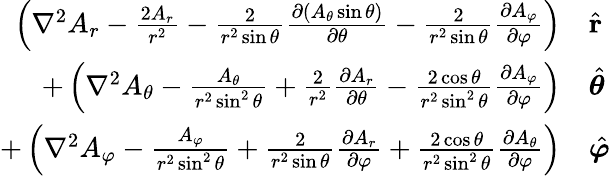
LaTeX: {\begin{array}{rl}{\left(\nabla^{2}A_{r}-{\frac{2A_{r}}{r^{2}}}-{\frac{2}{r^{2}\sin\theta}}{\frac{\partial\left(A_{\theta}\sin\theta\right)}{\partial\theta}}-{\frac{2}{r^{2}\sin\theta}}{\frac{\partial A_{\varphi}}{\partial\varphi}}\right)}&{{\hat{\mathbf{r}}}}\\ {+\left(\nabla^{2}A_{\theta}-{\frac{A_{\theta}}{r^{2}\sin^{2}\theta}}+{\frac{2}{r^{2}}}{\frac{\partial A_{r}}{\partial\theta}}-{\frac{2\cos\theta}{r^{2}\sin^{2}\theta}}{\frac{\partial A_{\varphi}}{\partial\varphi}}\right)}&{{\hat{\boldsymbol{\theta}}}}\\ {+\left(\nabla^{2}A_{\varphi}-{\frac{A_{\varphi}}{r^{2}\sin^{2}\theta}}+{\frac{2}{r^{2}\sin\theta}}{\frac{\partial A_{r}}{\partial\varphi}}+{\frac{2\cos\theta}{r^{2}\sin^{2}\theta}}{\frac{\partial A_{\theta}}{\partial\varphi}}\right)}&{{\hat{\boldsymbol{\varphi}}}}\end{array}}